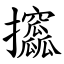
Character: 攨